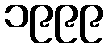
၁၉၉၉